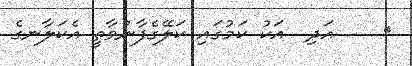
٨    އަދި  އަކު ކަމުގައި ކަލޭގެފާނުވާތީ އެކަލާނގެ